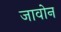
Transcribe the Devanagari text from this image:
जावोन